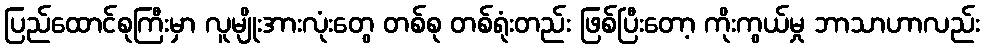
ပြည်ထောင်စုကြီးမှာ လူမျိုးအားလုံးတွေ တစ်စု တစ်ရုံးတည်း ဖြစ်ပြီးတော့ ကိုးကွယ်မှု ဘာသာဟာလည်း